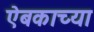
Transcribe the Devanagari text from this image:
ऐबकाच्या